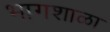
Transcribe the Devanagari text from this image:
भागशाळा